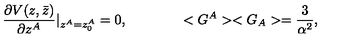
\frac { \partial V ( z , \bar { z } ) } { \partial z ^ { A } } \vert _ { z ^ { A } = z _ { 0 } ^ { A } } = 0 , \qquad \qquad < G ^ { A } > < G _ { A } > = \frac { 3 } { \alpha ^ { 2 } } ,